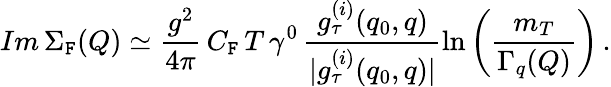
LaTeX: Im\, \Sigma_{\mathtt{F}}(Q)\simeq\frac{{g^{2}}}{{4\pi}}\, C_{\mathtt{F}}\, T\, \gamma^{0}\, \frac{{g_{\tau}^{(i)}(q_{0},q)}}{{|g_{\tau}^{(i)}(q_{0},q)|}}\ln\left(\frac{{m_{T}}}{{\Gamma_{q}(Q)}}\right)\, .